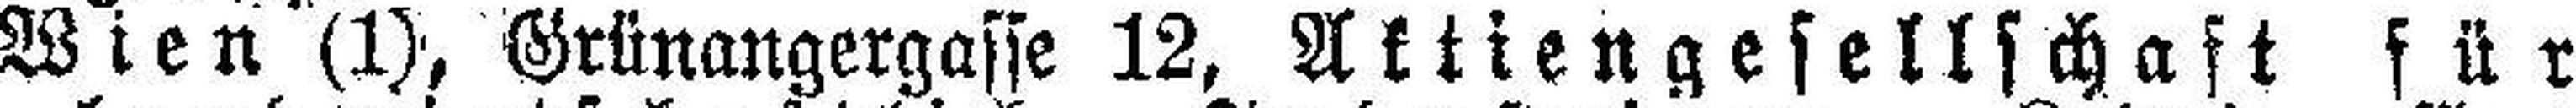
Wien (1), Grünangergasse 12, Aktiengesellschaft für